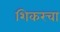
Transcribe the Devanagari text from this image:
शिकरचा